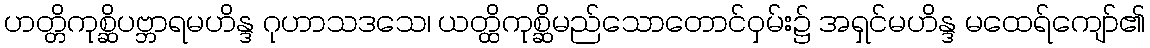
ဟတ္တိကုစ္ဆိပဗ္ဘာရမဟိန္ဒ ဂုဟာသဒသေ၊ ယတ္ထိကုစ္ဆိမည်သောတောင်ဝှမ်း၌ အရှင်မဟိန္ဒ မထေရ်ကျော်၏